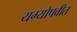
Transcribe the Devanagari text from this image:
यग्योपवीत